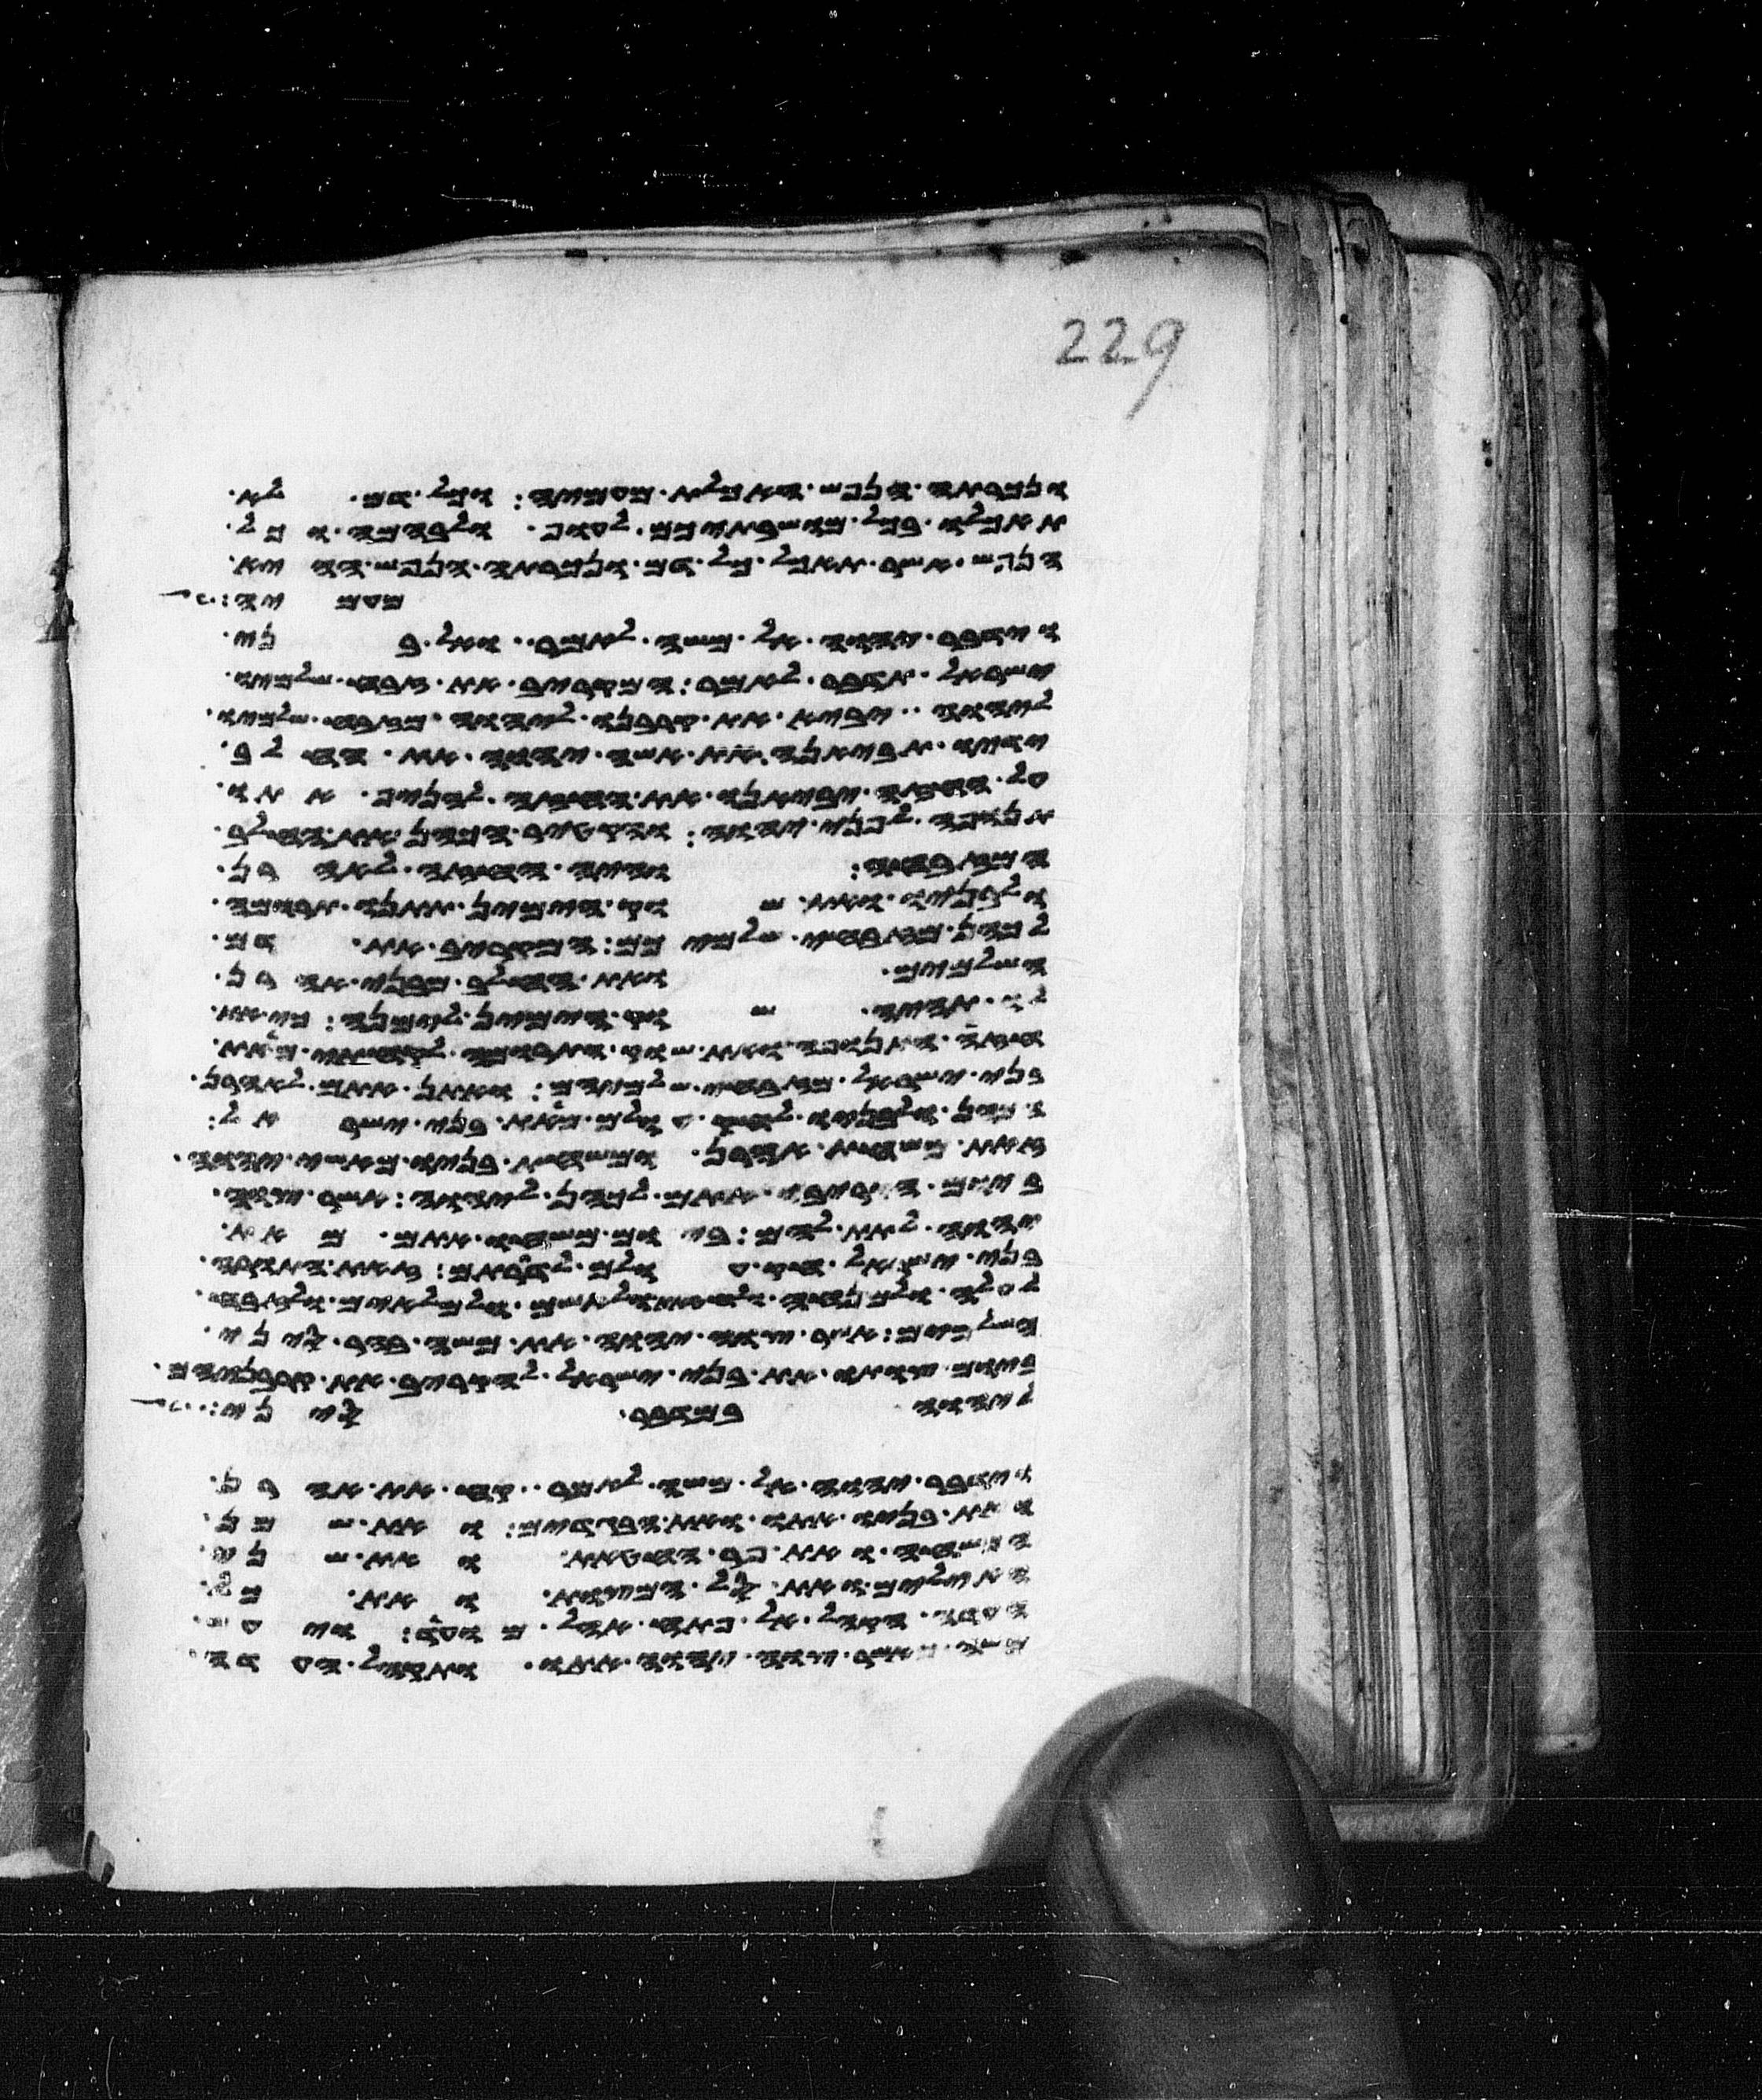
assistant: ונכרתה הנפש האכלת מעמיה וכל דם לא
תאכלו בכל מושבתיכם לעוף ולבהמה וכל
הנפש אשר תאכל כל דם ונכרתה הנפש ההיא
מעמיה
וידבר יהוה אל משה לאמר ואל בני
ישראל תדבר לאמר המקריב את זבח שלמיו
ליהוה יביא את קרבנו ליהוה מזבח שלמיו
ידיו תביאנה את אשי יהוה את החלב
על החזה יביאנו את החזה להניף אתו
תנופה לפני יהוה והקטיר הכהן את החלב
המזבחה והיה החזה לאהרן
ולבניו ואת שוק הימין תתנו תרומה
לכהן מזבחי שלמיכם המקריב את דם
השלמים ואת החלב מבני אהרן
לו תהיה שוק הימין למנה כי את
חזה התנופה ואת שוק התרומה לקחתי מאת
בני ישראל מזבחי שלמיהם ואתן אתם לאהרן
הכהן ולבניו לחק עולם מאת בני ישראל
זאת משחת אהרן ומשחת בניו מאשי יהוה
ביום הקריבו אתם לכהן ליהוה אשר צוה
יהוה לתת להם ביום משחו אתם מאת
בני ישראל חק עולם לדרותם זאת התורה
לעלה ולמנחה ולחטאת ולאשם ולמלאים ולזבח
השלמים אשר צוה יהוה את משה בהר סיני
ביום צותו את בני ישראל להקריב את קרבניהם
ליהוה במדבר סיני
וידבר יהוה אל משה לאמר קח את אהרן
ואת בניו אתו ואת הבגדים ואת שמן
המשחה ואת פר החטאת ואת שני
האילים ואת סל המצות ואת כל
העדה הקהל אל פתח אהל מועד ויעש
משה כאשר צוה יהוה אתו ותקהל העדה